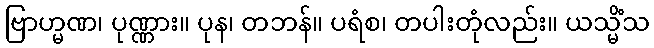
ဗြာဟ္မဏ၊ ပုဏ္ဏား။ ပုန၊ တဘန်။ ပရံစ၊ တပါးတုံလည်း။ ယသ္မိံသ